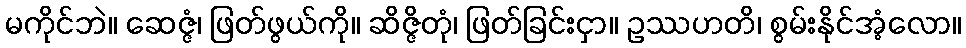
မကိုင်ဘဲ။ ဆေဇ္ဇံ၊ ဖြတ်ဖွယ်ကို။ ဆိဇ္ဇိတုံ၊ ဖြတ်ခြင်းငှာ။ ဥဿဟတိ၊ စွမ်းနိုင်အံ့လော။